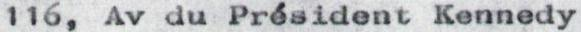
116, Av du Président Kennedy